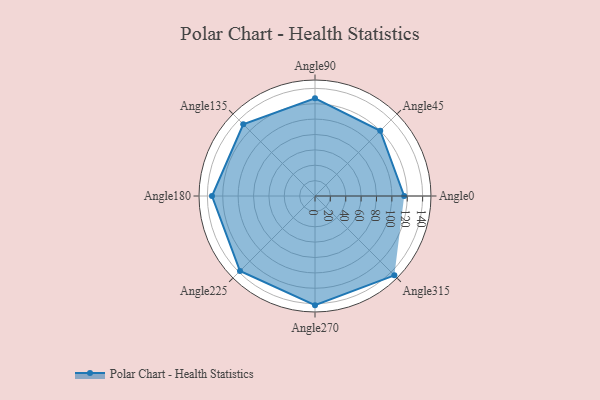
{"axis": {"x": "Angle", "y": "Radius"}, "legend": [""], "data": [{"x": "Angle0", "y": 116.0, "type": ""}, {"x": "Angle45", "y": 120.0, "type": ""}, {"x": "Angle90", "y": 127.0, "type": ""}, {"x": "Angle135", "y": 132.0, "type": ""}, {"x": "Angle180", "y": 134.0, "type": ""}, {"x": "Angle225", "y": 138.0, "type": ""}, {"x": "Angle270", "y": 142.0, "type": ""}, {"x": "Angle315", "y": 146.0, "type": ""}]}